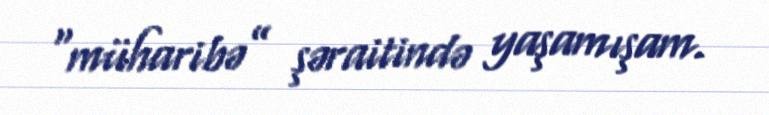
“müharibə” şəraitində yaşamışam.